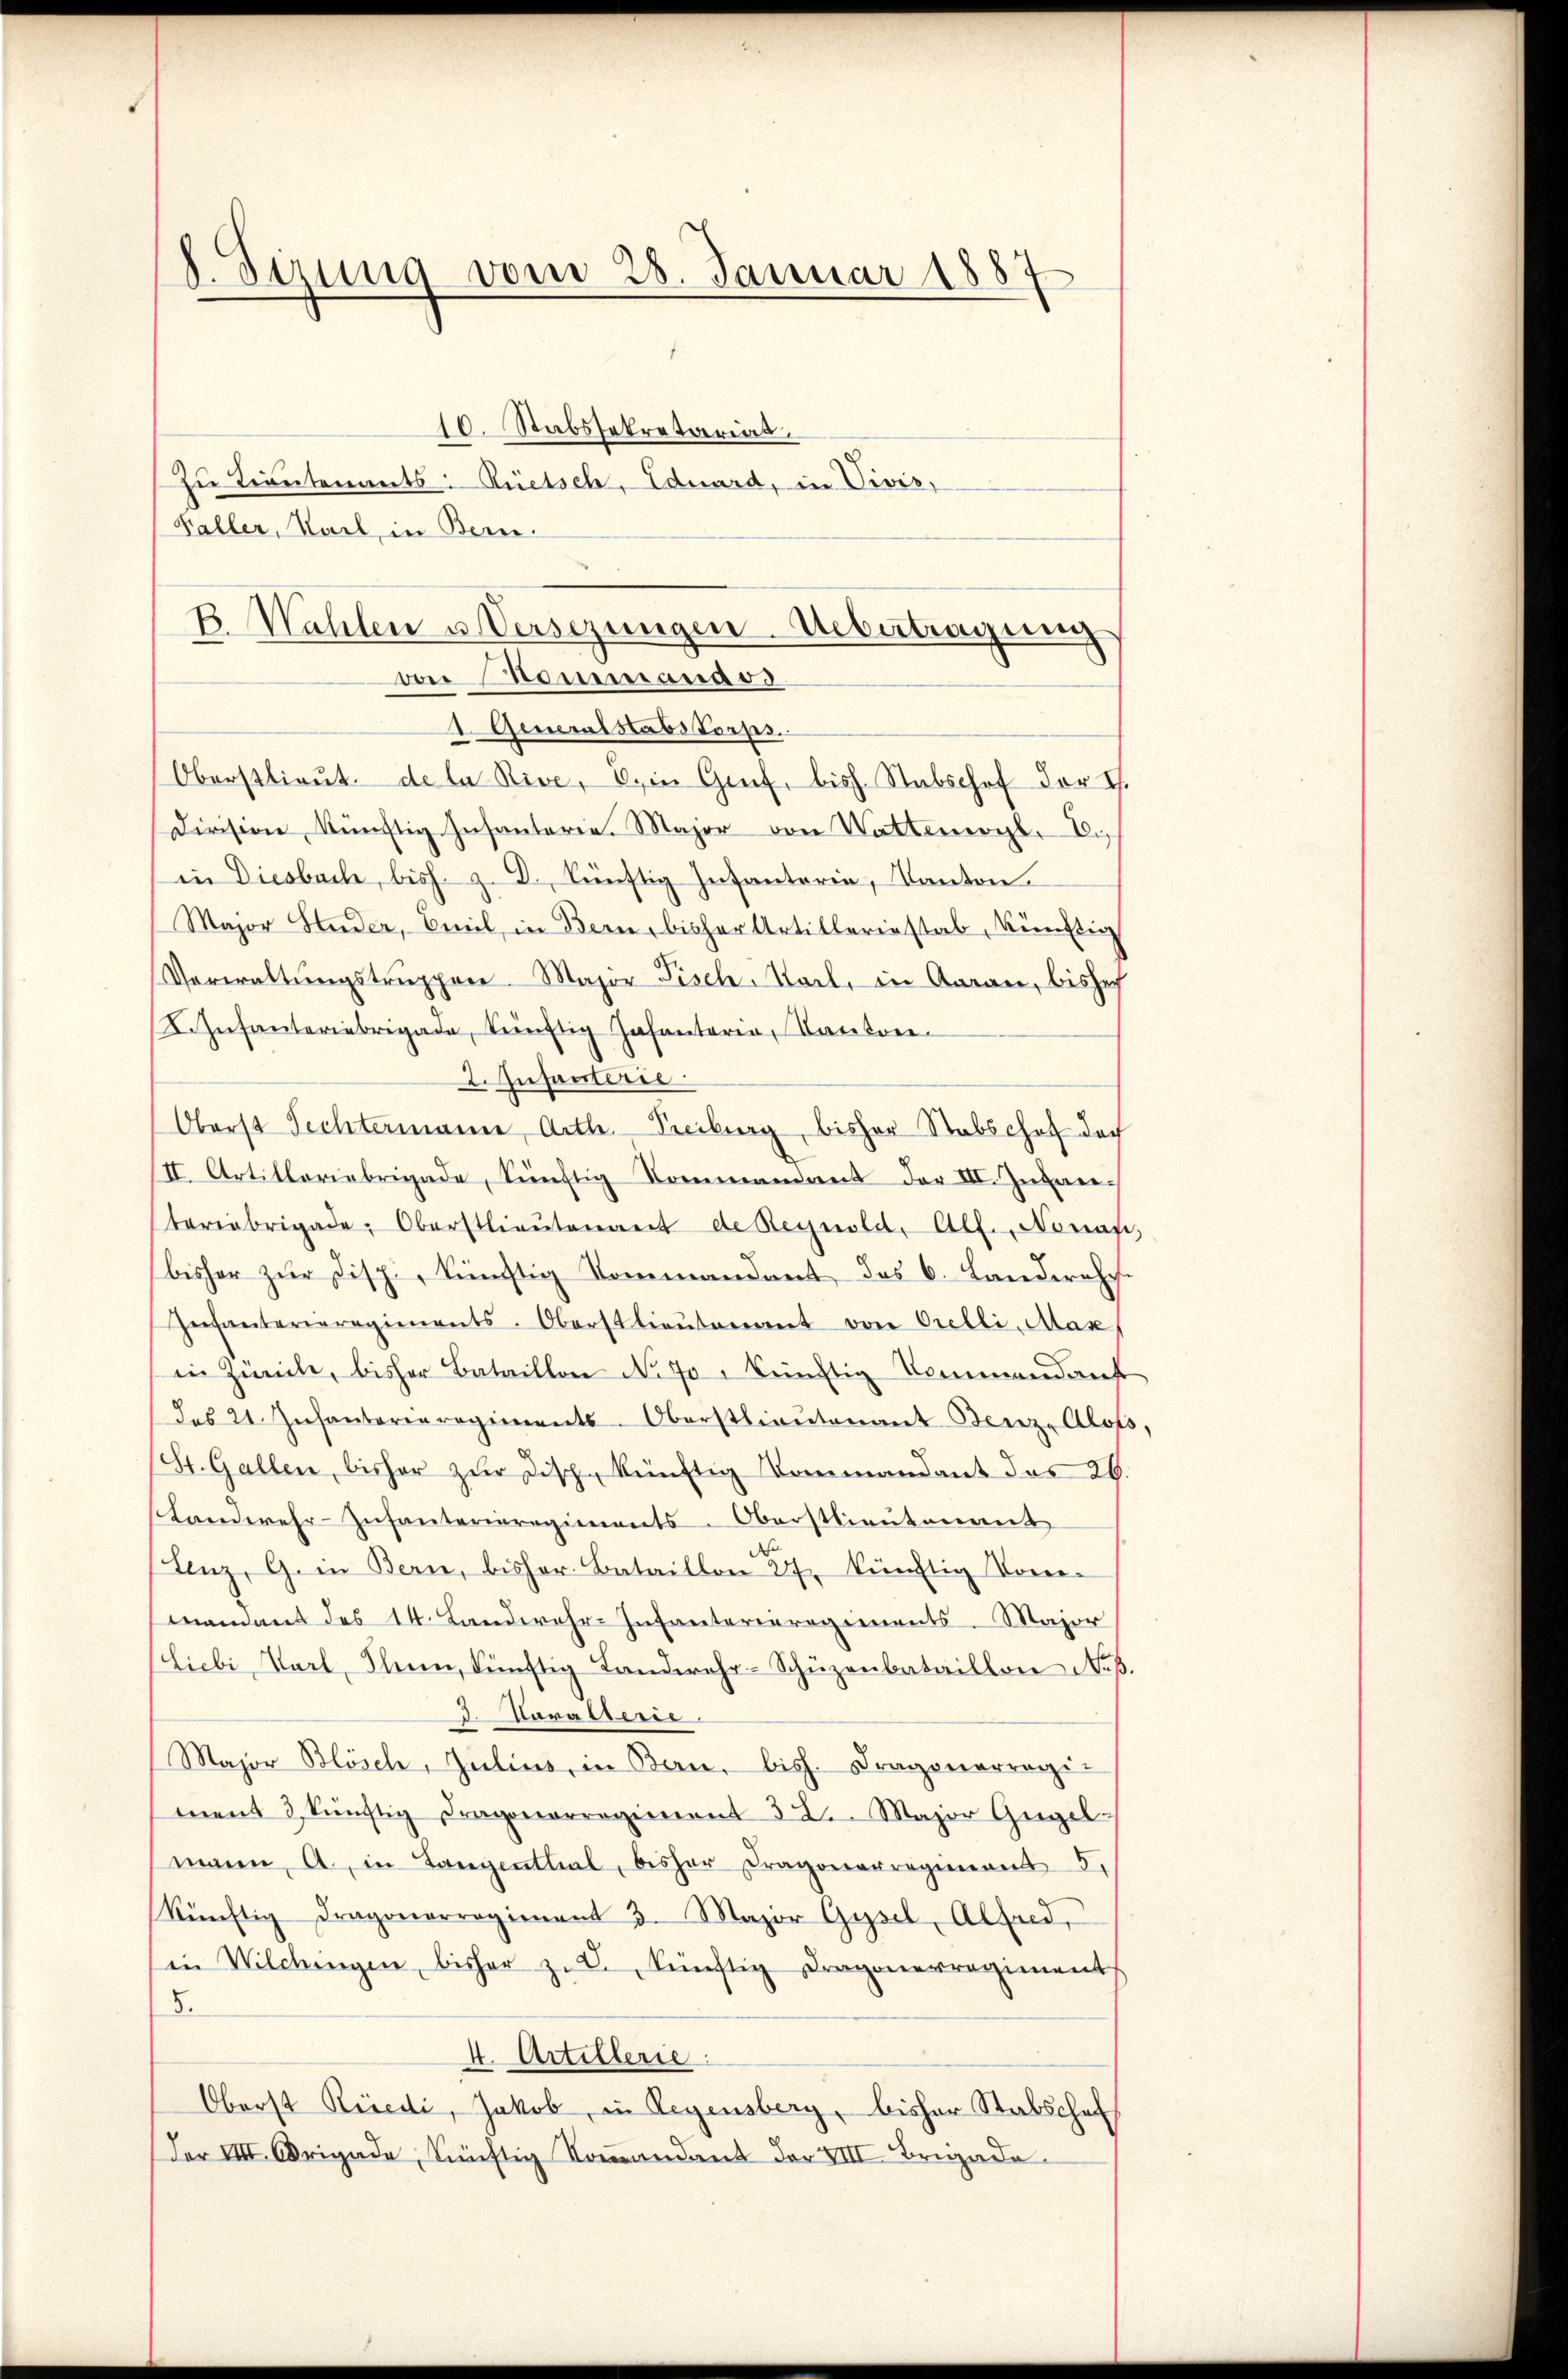
h. Sirung vom 28. Januar 1887

10. Stabssekretarias.
Zu Trautenants: Rüetsch, Eduard, in Vivis,
Faller, Sail, in Bern.
von Mammana od
1. Generalstabs Torps.
Oberstlieŭt. de la Rive, Ein Genf, bish. Stabschof der I.
Division, künftig Infantarie. Major von Wattenwyl, Dich
in Diesbach, bish. z. B. künftig Infanteria, Kanton.
Major Huder, Emil, in Bern, bisher Artillerinstab, künftig
Verwaltŭngstrŭppen. Major Fisch. Staat, in Aaran, bishech
.Infanteriebrigade, künftig Jahantaria, Kanton
2. Infanterie
Oberst Fechtermann, Arth. Freiburg, bisher Stabschof doch
III. Artilleriebrigade, künftig Kommandant der VII. Zŭgan
teriebrigade. Oberstlieŭtenant de Regnold, All. Nonas,
bisher zŭr disp, künftig Kommandant, das 6. Landerasch
Infanterieregiments-Oberstlieŭtenant von Orelli, Max
in Zürich, bisher Bataillon No 70 künftig Kommandauf
das 21. Insantarieregiments-Oberstlieutenant Benz Alots,
St. Gallen, bisher zur Tisch künftig Kommandant des 26.
Landwehr-Infanterieregiments-Oberstlieutenant
Lenz, G. in Bern, bisher Bataillon 27. künftig Vor¬
Mandant des 14. Landwehr-Infanterieregiments. Major
(Liebi Karl, Thun, künftig Landwehr-Schüzenbataillon Neß.
3. Lavaterie
Major Blösch, Julius, in Bern, bish. Fragenerregiment & künftig Dragonarregiment 32. Major Gugel
mann, A., in Langenthal, bisher Dragonerregiment 5.
künftig Dragonarregiment 3. Major Gysel, Alfred,
in Wilchingen bisher z. B. künftig Dragonerregiment
8.
4. Artillerie:
Oberst Riedi, Jakob, in Regensberg, bisher Stabschaft
Der VIII. Origade, künftig Koṁandant der VIII. Brigade

B. Wahlen u. Verschungen-Übertragung